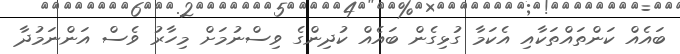
ބައެއް ކަންތައްތަކާއި އެކަމާ ގުޅިގެން ބައެއް ކުދިންގެ ވިސްނުމަށް މިހާރު ވެސް އަންނަމުދާ